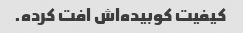
کیفیت کوبیده‌اش افت کرده.